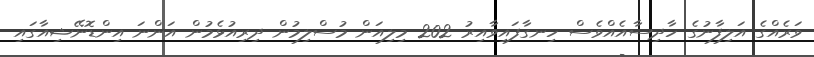
ވަރެއްގެ އަލިފާނުގެ ހާދިސާއެއްވެސް ހިނގާފައިވާއިރު 202 މިލިއަން މުސްލިމުން ދިރިއުޅެމުން އަންނަ އިންޑޮނޭޝިއާގައި